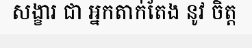
សង្ខារ ជា អ្នកតាក់តែង នូវ ចិត្ត